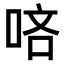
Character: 𠳺